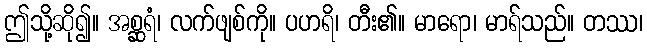
ဤသို့ဆို၍။ အစ္ဆရံ၊ လက်ဖျစ်ကို။ ပဟရိ၊ တီး၏။ မာရော၊ မာရ်သည်။ တဿ၊